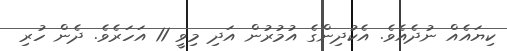
ކިޔައެއް ނުދެއެވެ. އެކުދިންގެ އުމުރުން އަދި މިވީ 11 އަހަރެވެ. ދެން ހުރި